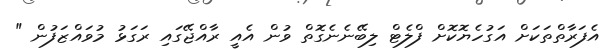
އެފަރާތްތަކަށް އަގުހެޔޮކޮށް ފްލެޓް ލިބޭނެނެގޮތް ވުން އެއީ ރާއްޖޭގައި ރަގަޅު މުވައްޒަފުން "